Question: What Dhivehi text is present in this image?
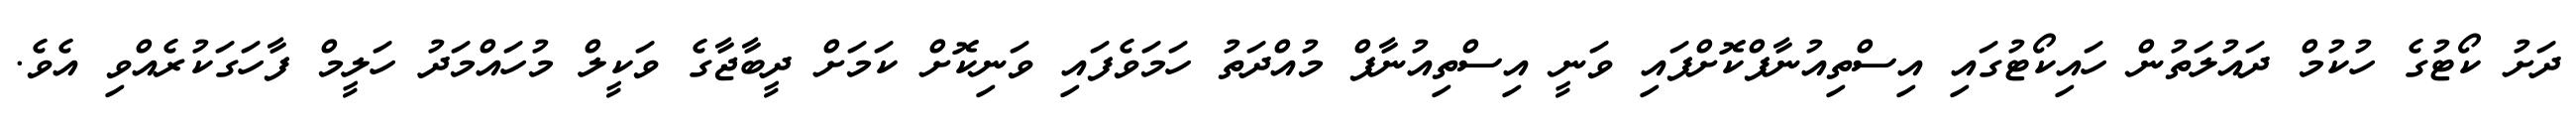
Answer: ދަށު ކޯޓުގެ ހުކުމް ދައުލަތުން ހައިކޯޓުގައި އިސްތިއުނާފްކޮށްފައި ވަނީ އިސްތިއުނާފް މުއްދަތު ހަމަވެފައި ވަނިކޮށް ކަމަށް ދީބާޖާގެ ވަކީލް މުހައްމަދު ހަލީމް ފާހަގަކުރެއްވި އެވެ.